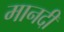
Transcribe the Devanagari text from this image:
मानदी